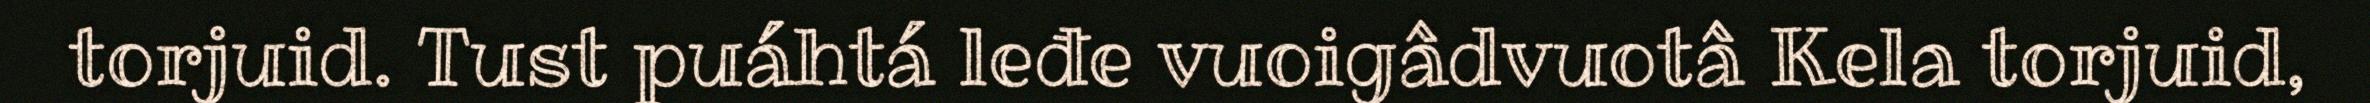
torjuid. Tust puáhtá leđe vuoigâdvuotâ Kela torjuid,